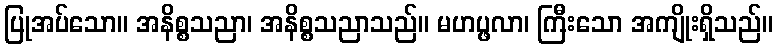
ပြုအပ်သော။ အနိစ္စသညာ၊ အနိစ္စသညာသည်။ မဟပ္ဖလာ၊ ကြီးသော အကျိုးရှိသည်။